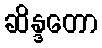
ဆိန္ဒတော